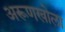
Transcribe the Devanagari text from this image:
अरूणखोला